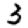
Digit: 3